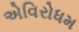
એવિરોધમ